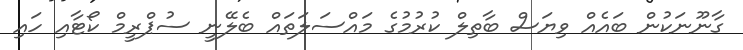
ގާނޫނަކުން ބައެއް ވިޔަސް ބާތިލް ކުރުމުގެ މައްސަލަތައް ބެލޭނީ ސުޕްރީމް ކޯޓާއި ހައި